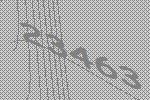
23463